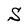
Character: S